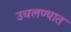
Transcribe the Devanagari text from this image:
उचलण्‍यात